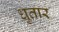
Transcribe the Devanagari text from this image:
धुतार